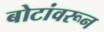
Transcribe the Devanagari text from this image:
बोटांवरून